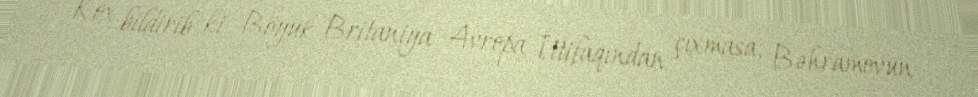
Kox bildirib ki, Böyük Britaniya Avropa İttifaqından çıxmasa, Bəhramovun